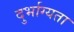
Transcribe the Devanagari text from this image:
दुर्भाग्यता